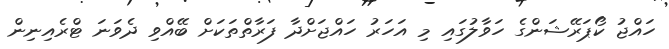
ހައްޖު ކޯޕަރޭޝަންގެ ހަވާލުގައި މި އަހަރު ހައްޖަށްދާ ފަރާތްތަކަށް ބޭއްވި ދެވަނަ ޓްރެއިނިން